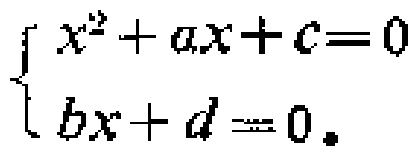
\[
\begin{cases}
x^{2}+ax + c = 0\\
bx + d = 0
\end{cases}
\]